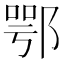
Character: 鄂